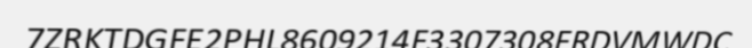
7ZRKTDGFE2PHL8609214F3307308FRDVMWDC